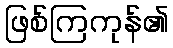
ဖြစ်ကြကုန်၏